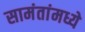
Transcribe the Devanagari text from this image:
सामंतांमध्ये